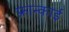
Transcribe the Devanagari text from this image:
फ्रान्काई